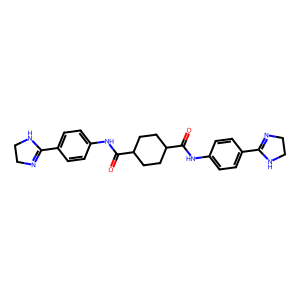
SMILES: O=C(Nc1ccc(C2=NCCN2)cc1)C1CCC(C(=O)Nc2ccc(C3=NCCN3)cc2)CC1
Inhibits HIV replication: No